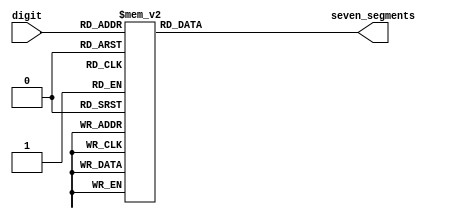

module sm_hex_display_our
(
    input      [3:0] digit,
    output reg [6:0] seven_segments
);

    always @*
        case (digit)
        'h0: seven_segments = 'b0111111;  // a b c d e f g
        'h1: seven_segments = 'b0000110;
        'h2: seven_segments = 'b1011011;  //   --a--
        'h3: seven_segments = 'b1001111;  //  |     |
        'h4: seven_segments = 'b1100110;  //  f     b
        'h5: seven_segments = 'b1101101;  //  |     |
        'h6: seven_segments = 'b1111101;  //   --g--
        'h7: seven_segments = 'b0000111;  //  |     |
        'h8: seven_segments = 'b1111111;  //  e     c
        'h9: seven_segments = 'b1100111;  //  |     |
        'ha: seven_segments = 'b1110111;  //   --d-- 
        'hb: seven_segments = 'b1111100;
        'hc: seven_segments = 'b0111001;
        'hd: seven_segments = 'b1011110;
        'he: seven_segments = 'b1111001;
        'hf: seven_segments = 'b1110001;
        endcase

endmodule